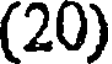
(20)